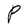
Character: P